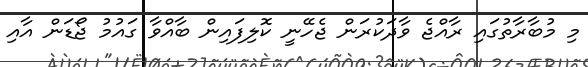
މި މުބާރާތުގައި ރާއްޖެ ވާދަކުރަން ޖެހޭނީ ކޮލިފައިން ބާއްވާ ގައުމު ޖޯޑަން އާއި